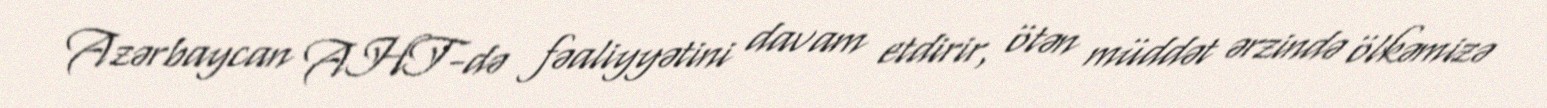
Azərbaycan AHT-də fəaliyyətini davam etdirir, ötən müddət ərzində ölkəmizə